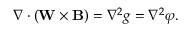
\nabla \cdot ( \mathbf { W } \times \mathbf B ) = \nabla ^ { 2 } g = \nabla ^ { 2 } \varphi .